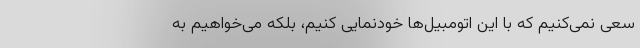
سعی نمی‌کنیم که با این اتومبیل‌ها خودنمایی کنیم، بلکه می‌خواهیم به